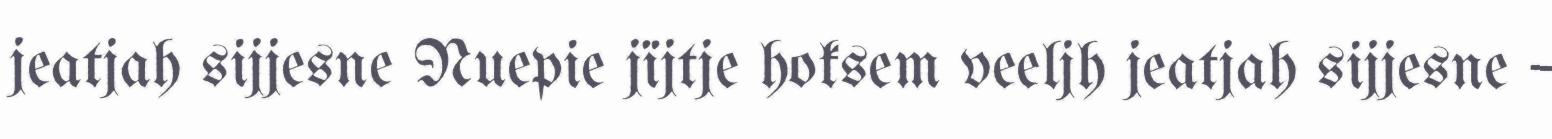
jeatjah sijjesne Nuepie jïjtje hoksem veeljh jeatjah sijjesne –